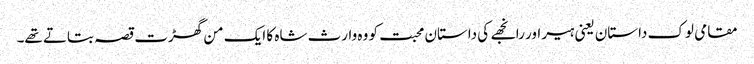
مقامی لوک داستان یعنی ہیر اور رانجھے کی داستان محبت کو وہ وارث شاہ کا ایک من گھڑت قصہ بتاتے تھے۔